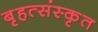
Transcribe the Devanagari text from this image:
बृहत्संस्कृत